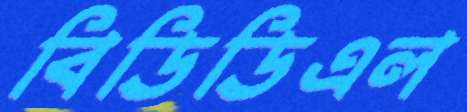
বিডিডিএল